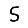
Digit: 5